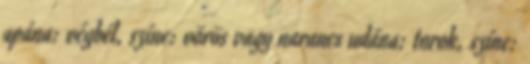
apána: végbél, színe: vörös vagy narancs udána: torok, színe: